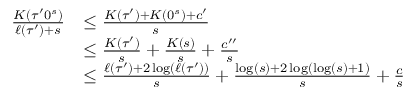
\begin{array} { r l } { \frac { K ( \tau ^ { \prime } 0 ^ { s } ) } { \ell ( \tau ^ { \prime } ) + s } } & { \leq \frac { K ( \tau ^ { \prime } ) + K ( 0 ^ { s } ) + c ^ { \prime } } { s } } \\ & { \leq \frac { K ( \tau ^ { \prime } ) } { s } + \frac { K ( s ) } { s } + \frac { c ^ { \prime \prime } } { s } } \\ & { \leq \frac { \ell ( \tau ^ { \prime } ) + 2 \log ( \ell ( \tau ^ { \prime } ) ) } { s } + \frac { \log ( s ) + 2 \log ( \log ( s ) + 1 ) } { s } + \frac { c } { s } } \end{array}